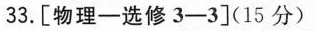
33.[物理一选修3-3](15分)